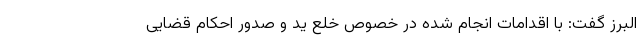
البرز گفت: با اقدامات انجام شده در خصوص خلع ید و صدور احکام قضایی